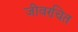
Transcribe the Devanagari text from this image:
जीवरचित